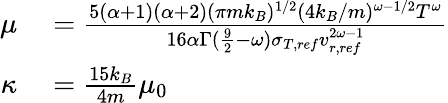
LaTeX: \begin{array}{rl}{\mu}&{{}=\frac{5(\alpha+1)(\alpha+2)(\pi mk_{B})^{1/2}(4k_{B}/m)^{\omega-1/2}T^{\omega}}{16\alpha\Gamma(\frac{9}{2}-\omega)\sigma_{T,ref}v_{r,ref}^{2\omega-1}}}\\ {\kappa}&{{}=\frac{15k_{B}}{4m}\mu_{0}}\end{array}